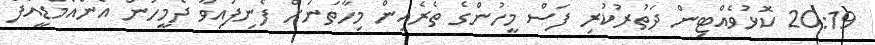
20:19 ކޮޅުވެއްޓިން ދަތުރުކުރި ފަސް މީހުންގެ ތެރެއިން މިހާތަނަށް ފެނިފައިވާ ދެމީހުން އެންއެމްޑީއެފް